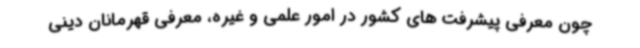
چون معرفی پیشرفت های کشور در امور علمی و غیره، معرفی قهرمانان دینی